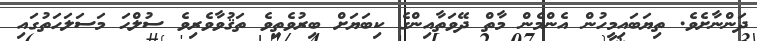
ދަންނާށެވެ. ތިޔަބައިމީހުން އެންމެން މާތް ދޭވަތާއިންގެ ކިބަޔަށް ބިރުވެތިވެ ތަޤުވާވެރިވެ ސުލްޙަ މަސަލަހަތުގައި